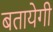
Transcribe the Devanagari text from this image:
बतायेगी